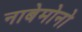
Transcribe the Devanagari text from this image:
नाबेमोनो